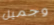
وجميل